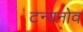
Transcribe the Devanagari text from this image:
टन्यनोव